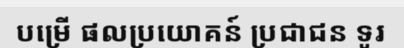
បម្រើ ផលប្រយោគន៍ ប្រជាជន ទូរ